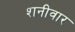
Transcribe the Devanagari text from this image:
शनीवार